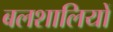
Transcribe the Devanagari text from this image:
बलशालियों